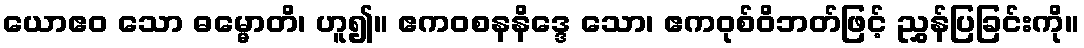
ယောဧဝ သော ဓမ္မောတိ၊ ဟူ၍။ ဧကဝစနနိဒ္ဒေ သော၊ ဧကဝုစ်ဝိဘတ်ဖြင့် ညွှန်ပြခြင်းကို။